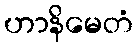
ဟာနိမေတံ